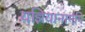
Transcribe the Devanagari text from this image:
यज्ञियानामपि